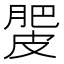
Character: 𰮿